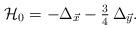
LaTeX: \begin{align*} \mathcal{H}_0=-\Delta_{\vec{x}}-\tfrac{3}{4}\,\Delta_{\vec{y}} .\end{align*}